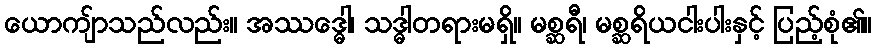
ယောကျ်ာသည်လည်း။ အဿဒ္ဓေါ၊ သဒ္ဓါတရားမရှိ။ မစ္ဆရီ၊ မစ္ဆရိယငါးပါးနှင့် ပြည့်စုံ၏။